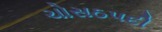
ચોસઠપદી